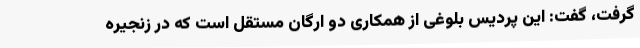
گرفت، گفت: این پردیس بلوغی از همکاری دو ارگان مستقل است که در زنجیره